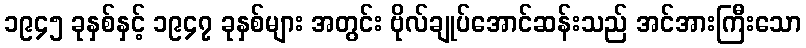
၁၉၄၅ ခုနှစ်နှင့် ၁၉၄၇ ခုနှစ်များ အတွင်း ဗိုလ်ချုပ်အောင်ဆန်းသည် အင်အားကြီးသော